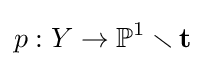
p:Y\to \mathbb {P} ^{1}\smallsetminus \mathbf {t}